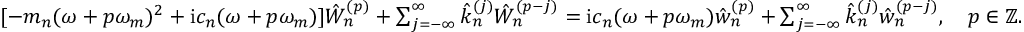
\begin{array} { r } { [ - m _ { n } ( \omega + p \omega _ { m } ) ^ { 2 } + \mathrm { i } c _ { n } ( \omega + p \omega _ { m } ) ] \hat { W } _ { n } ^ { ( p ) } + \sum _ { j = - \infty } ^ { \infty } \hat { k } _ { n } ^ { ( j ) } \hat { W } _ { n } ^ { ( p - j ) } = \mathrm { i } c _ { n } ( \omega + p \omega _ { m } ) \hat { w } _ { n } ^ { ( p ) } + \sum _ { j = - \infty } ^ { \infty } \hat { k } _ { n } ^ { ( j ) } \hat { w } _ { n } ^ { ( p - j ) } , \quad p \in \mathbb { Z } . } \end{array}